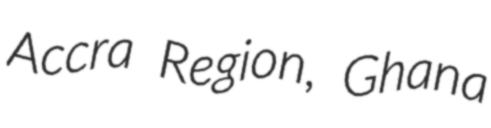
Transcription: Accra Region, Ghana